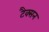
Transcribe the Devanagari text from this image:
टैक्सन